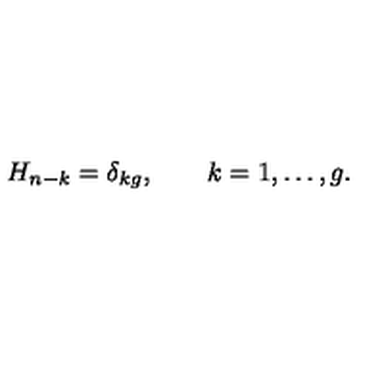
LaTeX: H _ { n - k } = \delta _ { k g } , \qquad k = 1 , \ldots , g .